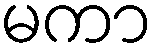
မကာ